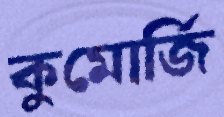
কুমোর্জি